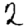
Digit: 2